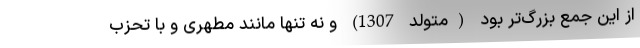
از این جمع بزرگ‌تر بود (متولد 1307) و نه تنها مانند مطهری و با تحزب